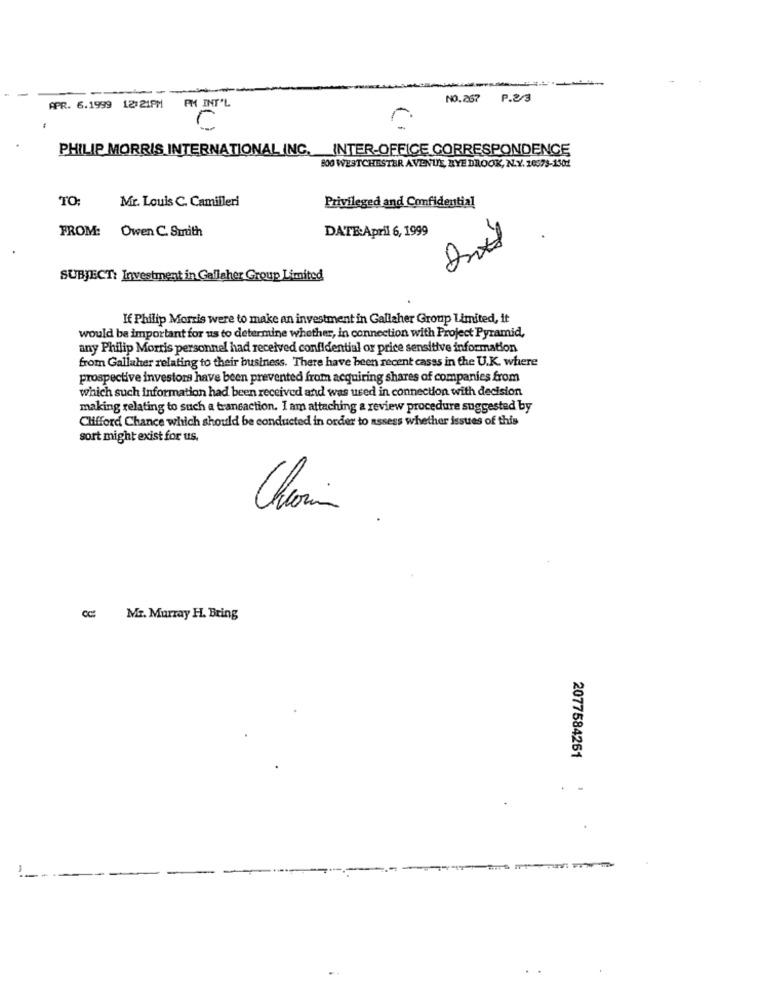
NO.267
P.2/3
APR. 6.1999 12:21PM PM INT'L
0
PHILIP MORRIS INTERNATIONAL INC. INTER-OFFICE CORRESPONDENCE
BOO WESTCHESTER AVENUE, NYE DROOK, N.Y. 10573-1301
TO:
Mr. Louis C. Camilleri
Privileged and Confidential
FROM:
Owen C. Smith
DATE:April 6, 1999
SUBJECT: Investment in Gallaher Group Limited
If Philip Morris were to make an investment in Gallaher Group Limited, it
would be important for us to determine whether, in connection with Project Pyramid,
any Philip Morris personnel had received confidential or price sensitive information
from Gallaher relating to their business. There have been recent casss in the U.K. where
prospective investors have been prevented from acquiring shares of companies from
which such information had been received and was used in connection with decision
making relating to such a transaction. I am attaching a review procedure suggested by
Clifford Chance which should be conducted in order to assess whether issues of this
sort might exist for us.
Charin
Mr. Murray H. Bring
2077584261